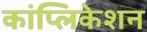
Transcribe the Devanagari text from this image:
कांप्लिकेशन